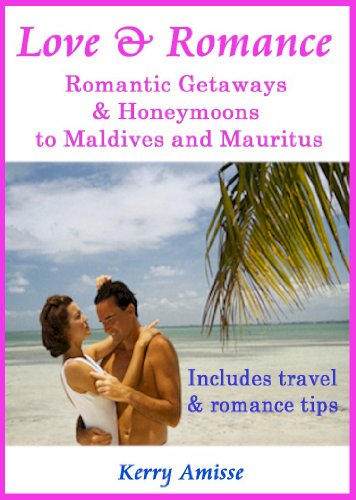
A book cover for Love and Romance -  Romantic Getaways and honeymoons to Mauritius and the Maldives - with travel tips and romanitic tips; Kerry Amisse; Crafts, Hobbies & Home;